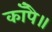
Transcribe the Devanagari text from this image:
काँपै॥